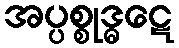
အပ္ပစ္စုဒ္ဓဋေ